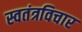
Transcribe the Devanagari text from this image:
स्वतंत्रविचार